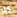
كلا